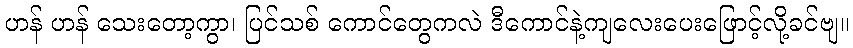
ဟန် ဟန် သေးတော့ကွာ၊ ပြင်သစ် ကောင်တွေကလဲ ဒီကောင်နဲ့ကျလေးပေးဖြောင့်လို့ခင်ဗျ။